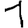
Digit: 1